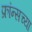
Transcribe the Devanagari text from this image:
फ्रांन्सच्या